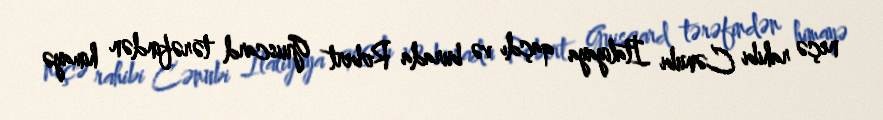
neçə rahibi Cənubi İtaliyaya qaçdı və burada Robert Guiscard tərəfindən himayə